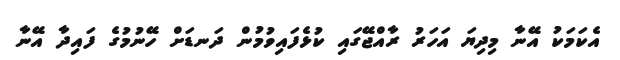
އެކަމަކު އޭނާ މިދިޔަ އަހަރު ރާއްޖޭގައި ކުޅެފައިވުމުން ދަނޑަށް ހޭނުމުގެ ފައިދާ އޭނާ